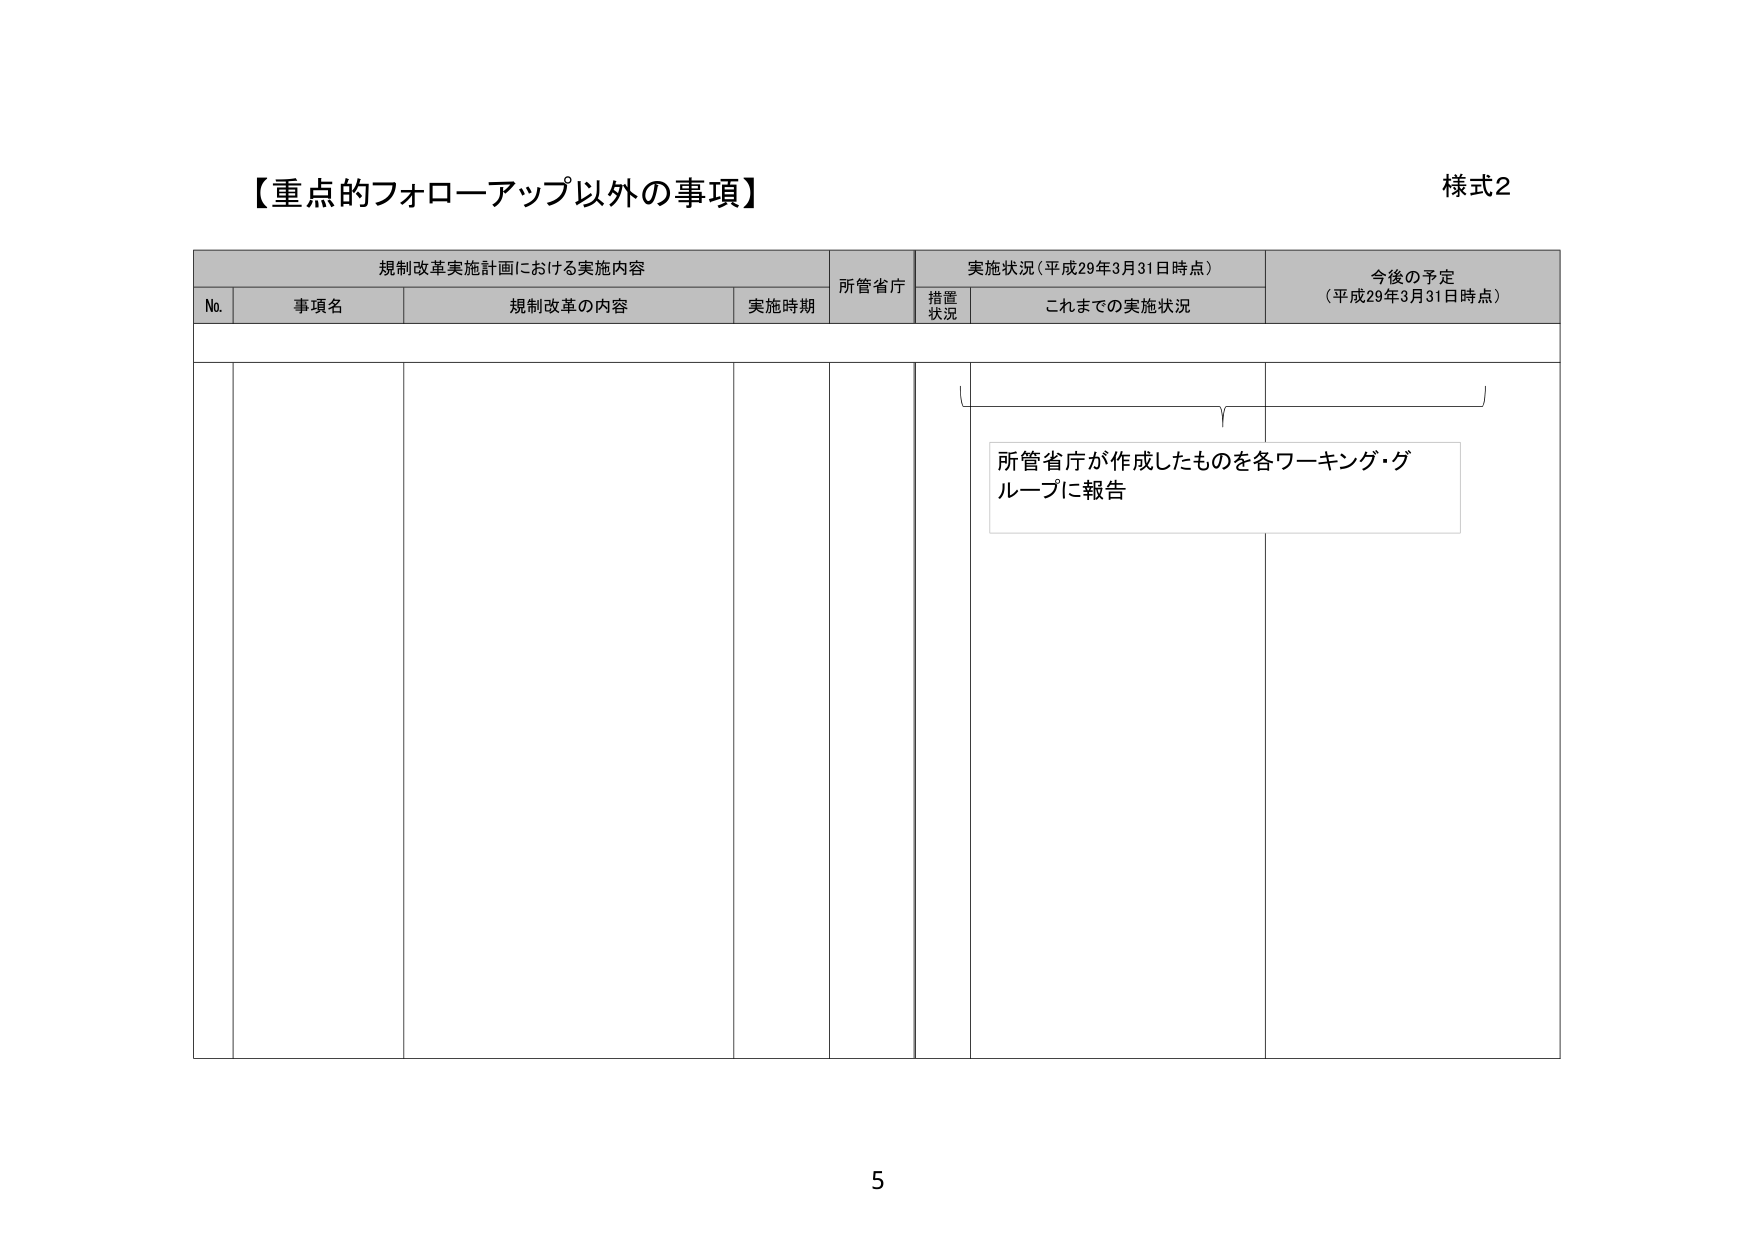
【重点的フォローアップ以外の事項】
様式2

規制改革実施計画における実施内容
No. 事項名 規制改革の内容 実施時期 所管省庁
実施状況（平成29年3月31日時点）
措置 状況 これまでの実施状況
今後の予定
（平成29年3月31日時点）

所管省庁が作成したものを各ワーキング・グループに報告

5